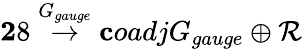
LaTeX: {\mathbf 28}\stackrel{G_{gauge}}{\rightarrow}{\mathbf coadj}{G_{gauge}}\oplus{\cal R}